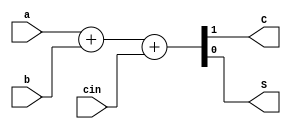
module FA(
        input a,b,cin,
        output C,S
        );
            assign {C,S}=a+b+cin;
endmodule
module RCA( 
        input [3:0] A,B,
        input Cin,
        output [4:0] result
          );
          wire carry;
          wire [3:0]sum;
          wire carry1,carry2,carry3,carry4;
          FA FA1(A[0],B[0],Cin,carry1,sum[0]);
          FA FA2(A[1],B[1],carry1,carry2,sum[1]);
          FA FA3(A[2],B[2],carry2,carry3,sum[2]);
          FA FA4(A[3],B[3],carry3,carry,sum[3]);
 
          assign result={carry,sum};
 endmodule